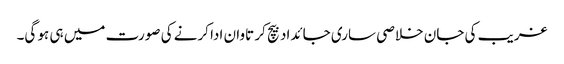
غریب کی جان خلاصی ساری جائداد بیچ کر تاوان ادا کرنے کی صورت میں ہی ہو گی۔